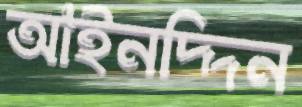
আইনদ্দিন